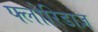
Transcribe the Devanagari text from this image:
फ्लोरिडाज़